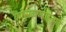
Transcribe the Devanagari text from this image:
कोसळण्याइतपत